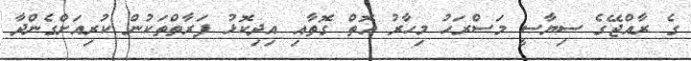
ގެ ރާއްޖޭގެ ސިޔާސީ މަސްރަހު މިހާރު އޮތް ގޮތާއި އިދިކޮޅު ފަރާތްތަކުން ކުރިއަށްގެންދާ